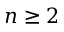
n \geq 2